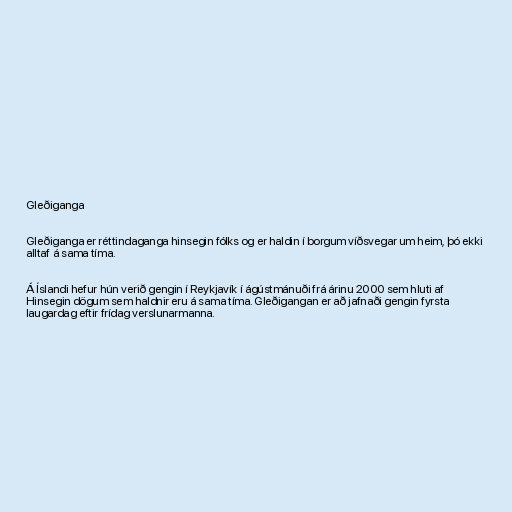
Gleðiganga

Gleðiganga er réttindaganga hinsegin fólks og er haldin í borgum víðsvegar um heim, þó ekki
alltaf á sama tíma.

Á Íslandi hefur hún verið gengin í Reykjavík í ágústmánuði frá árinu 2000 sem hluti af
Hinsegin dögum sem haldnir eru á sama tíma. Gleðigangan er að jafnaði gengin fyrsta
laugardag eftir frídag verslunarmanna.